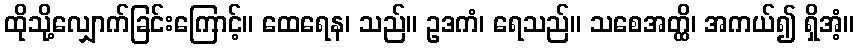
ထိုသို့လျှောက်ခြင်းကြောင့်။ ထေရေန၊ သည်။ ဥဒကံ၊ ရေသည်။ သစေအတ္ထိ၊ အကယ်၍ ရှိအံ့။